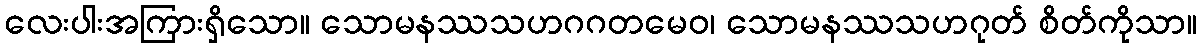
လေးပါးအကြားရှိသော။ သောမနဿသဟဂဂတမေဝ၊ သောမနဿသဟဂုတ် စိတ်ကိုသာ။